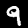
Label: 9